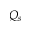
Q _ { s }